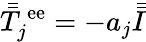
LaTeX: \bar{\bar{T}}_{j}^{\, \mathrm{ee}}=-a_{j}\bar{\bar{I}}